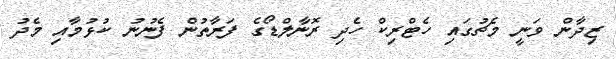
ޒިދާން ވަނީ މެޗުގައި ހެޓްރިކް ހެދި ރޮނާލްޑޯގެ ފަރާތުން ފެނުނު ކުޅުމާއި މެދު